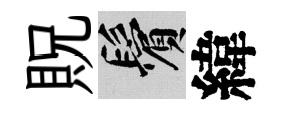
貺鬢緯